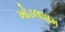
ખોડલધામ